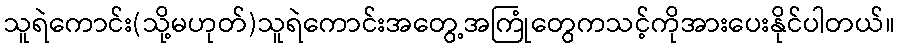
သူရဲကောင်း(သို့မဟုတ်)သူရဲကောင်းအတွေ့အကြုံတွေကသင့်ကိုအားပေးနိုင်ပါတယ်။